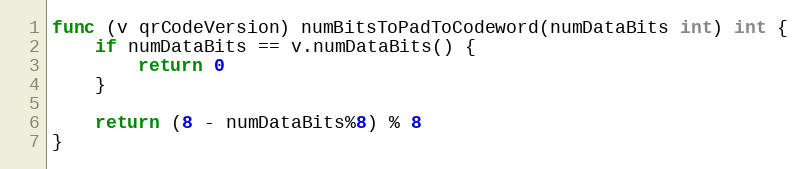
Language: Go
func (v qrCodeVersion) numBitsToPadToCodeword(numDataBits int) int {
	if numDataBits == v.numDataBits() {
		return 0
	}

	return (8 - numDataBits%8) % 8
}